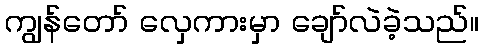
ကျွန်တော် လှေကားမှာ ချော်လဲခဲ့သည်။